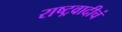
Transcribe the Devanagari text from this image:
राष्ट्रवादीचं